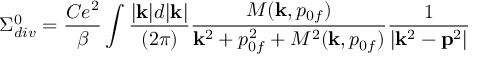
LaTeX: \Sigma _ { d i v } ^ { 0 } = { \frac { C e ^ { 2 } } { \beta } } \int { \frac { | { \bf k } | d | { \bf k } | } { ( 2 \pi ) } } { \frac { { \cal M } ( { \bf k } , p _ { 0 f } ) } { { \bf k } ^ { 2 } + p _ { 0 f } ^ { 2 } + { \cal M } ^ { 2 } ( { \bf k } , p _ { 0 f } ) } } { \frac { 1 } { | { \bf k } ^ { 2 } - { \bf p } ^ { 2 } | } }